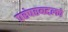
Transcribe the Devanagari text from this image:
परंपरबद्दलचे